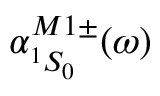
\alpha _ { ^ 1 S _ { 0 } } ^ { M 1 \pm } ( \omega )